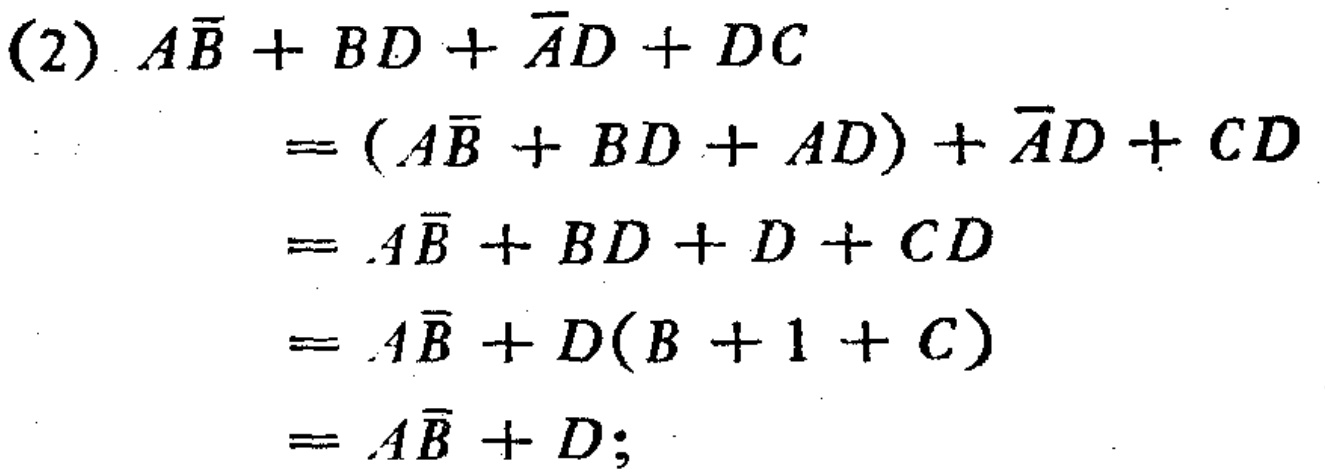
\begin{align*}

(2)\ AB + BD + \overline{A}D + DC

&= (AB + BD + AD) + \overline{A}D + CD\\

&= AB + BD + D + CD\\

&= AB + D(B + 1 + C)\\

&= AB + D;

\end{align*}